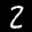
Label: 2